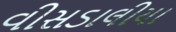
વીસડાલીયા